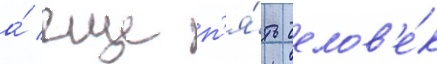
а́ еще п'я́ть челов'е́к